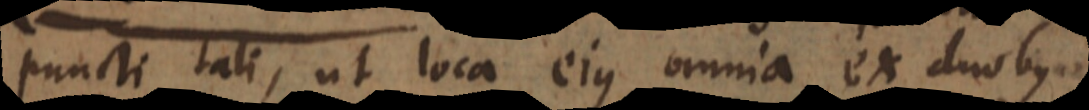
puncti tali, ut loca ejus omnia ex duob